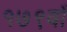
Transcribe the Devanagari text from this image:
१७९वाँ